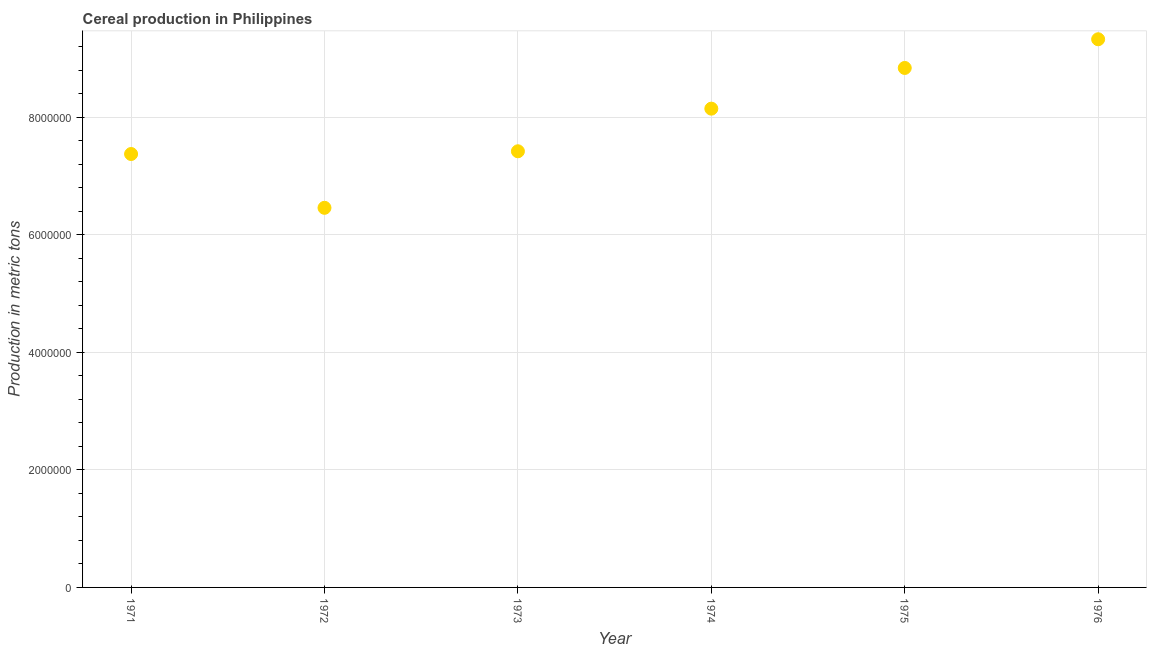
| Year | Cereal production |
 | --- | --- |
 | 1971 | 7.37e+06 |
 | 1972 | 6.46e+06 |
 | 1973 | 7.42e+06 |
 | 1974 | 8.15e+06 |
 | 1975 | 8.84e+06 |
 | 1976 | 9.33e+06 |